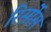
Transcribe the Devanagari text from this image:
रिर्सोस